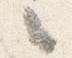
々